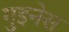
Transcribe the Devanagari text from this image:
गुइनेस